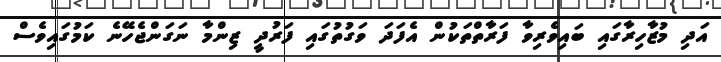
އަދި މުޒާހިރާގައި ބައިވެރިވާ ފަރާތްތަކުން އެފަދަ ވަގުތުގައި ފަރުދީ ޒިންމާ ނަގަންޖެހޭނެ ކަމުގައިވެސް